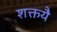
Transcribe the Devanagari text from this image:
शक्तयै